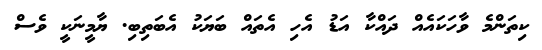
ކިތަންމެ ވާހަކައެއް ދައްކާ އަޑު އެހި އެތައް ބަޔަކު އެބަތިބި. ޔާމީނަކީ ވެސް